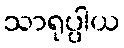
သာရုပ္ပါယ